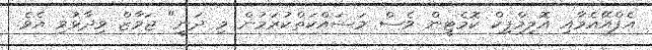
އެފްއޭއެމާއި އޮލިމްޕިކް ކޮމެޓީން ވެސް މަސައްކަތްކުރަމުން މި ދަނީ" ޖަވާޒް ވިދާޅުވި އެވެ.